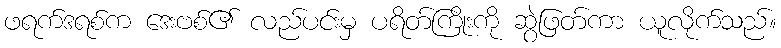
ဖရက်ဒရစ်က ဒေးဗစ်၏ လည်ပင်းမှ ပရိတ်ကြိုးကို ဆွဲဖြတ်ကာ ယူလိုက်သည်။